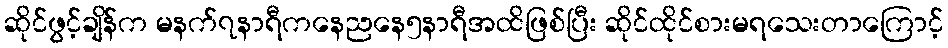
ဆိုင်ဖွင့်ချိန်က မနက်၇နာရီကနေညနေ၅နာရီအထိဖြစ်ပြီး ဆိုင်ထိုင်စားမရသေးတာကြောင့်